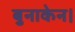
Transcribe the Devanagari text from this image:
बुनाकेन।